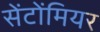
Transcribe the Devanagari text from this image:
सेंटोंमियर